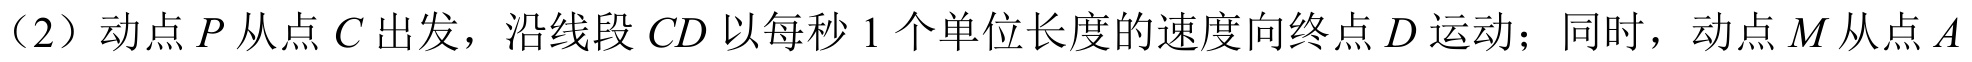
（2）动点\(P\)从点\(C\)出发，沿线段\(CD\)以每秒\(1\)个单位长度的速度向终点\(D\)运动；同时，动点\(M\)从点\(A\)